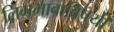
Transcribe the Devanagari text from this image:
लिंगभावाविषयी